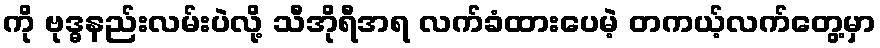
ကို ဗုဒ္ဓနည်းလမ်းပဲလို့ သီအိုရီအရ လက်ခံထားပေမဲ့ တကယ့်လက်တွေ့မှာ